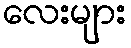
လေးများ